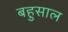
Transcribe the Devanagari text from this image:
बहुसाल